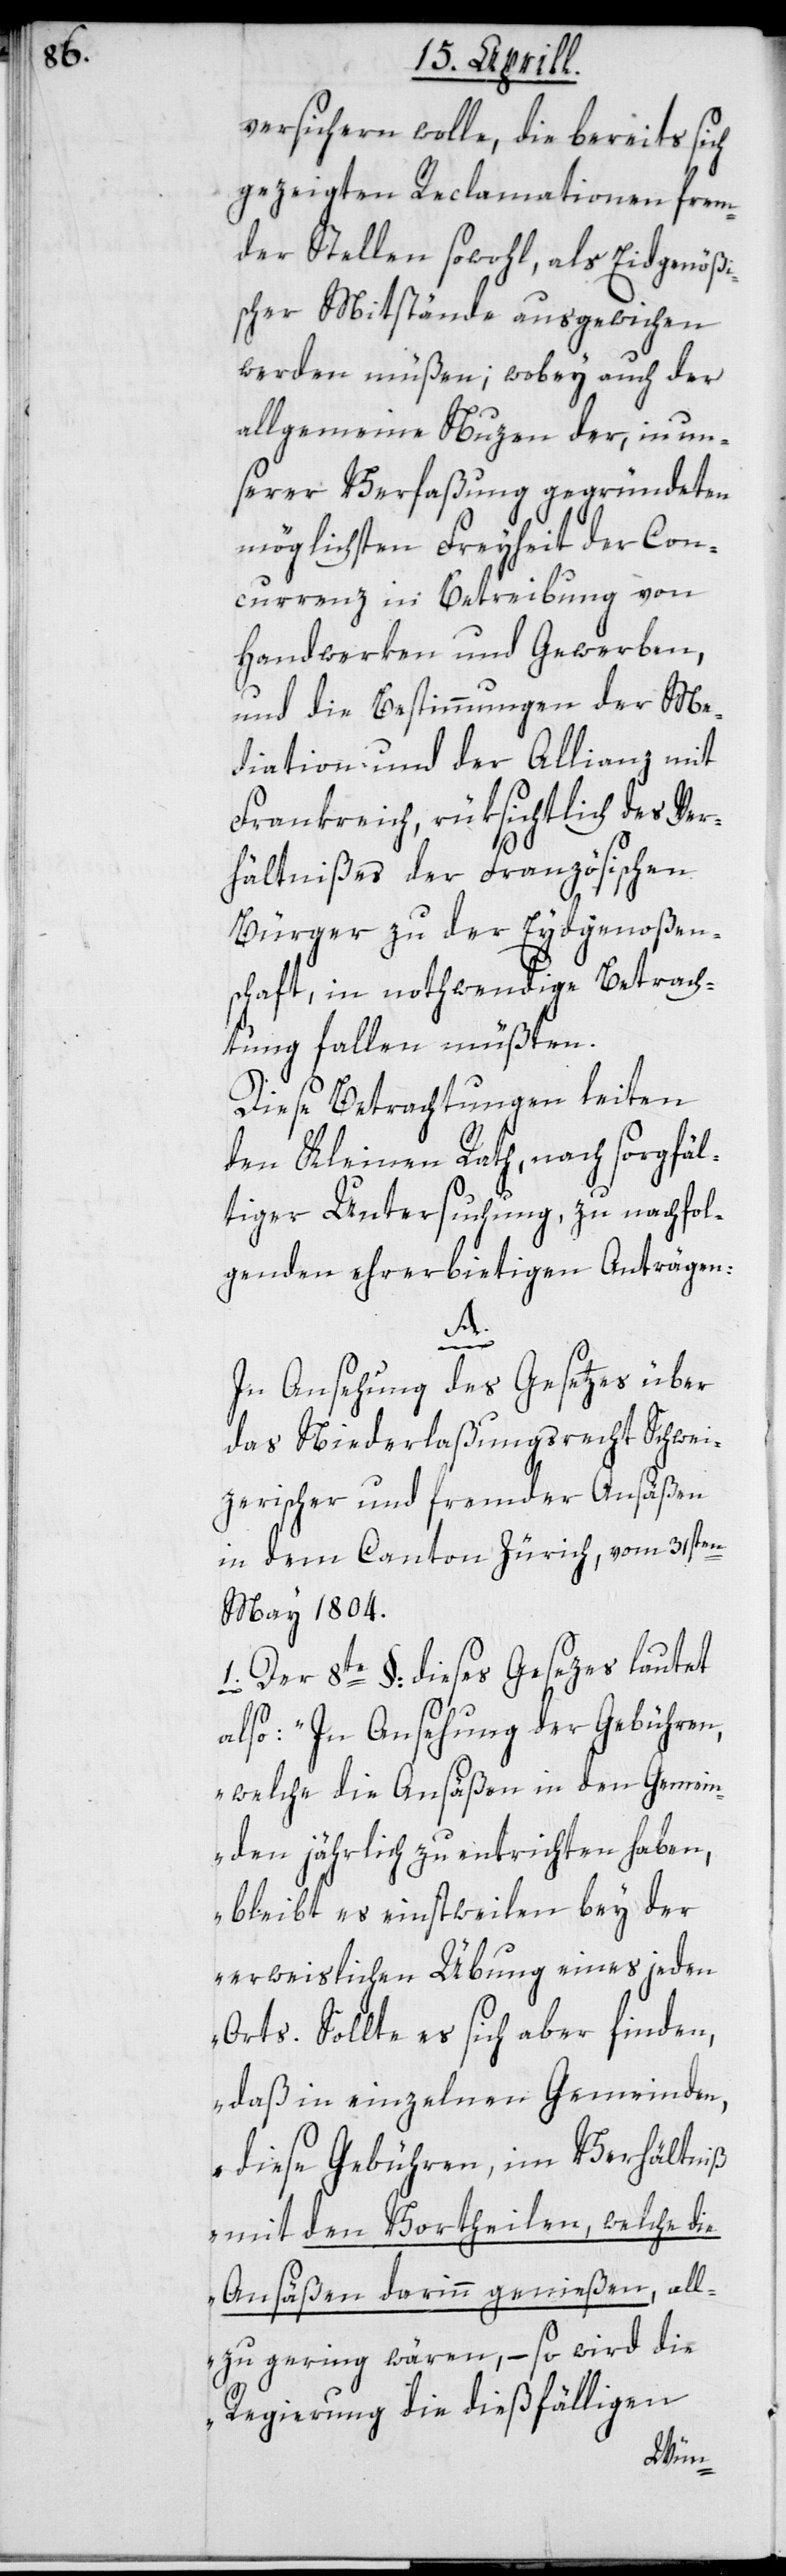
versichern wolle, die bereits sich
gezeigten Reclamationen frem¬
der Stellen sowohl, als Eidgenößi¬
scher Mitstände ausgewichen
werden müßen; wobey auch der
allgemeine Nuzen der, in un¬
serer Verfaßung gegründeten
möglichsten Freyheit der Con¬
currenz in Betreibung von
Handwerken und Gewerben,
und die Bestimmungen der Me¬
diation und der Allianz mit
Frankreich, rüksichtlich des Ver¬
hältnißes der Französischen
Bürger zu der Eydgenoßen¬
schaft, in nothwendige Betrach¬
tung fallen müßten.
Diese Betrachtungen leiten
den Kleinen Rath, nach sorgfäl¬
tiger Untersuchung zu nachfol¬
genden ehrerbietigen Anträgen:
A.
In Ansehung des Gesetzes über
das Niederlaßungsrecht Schwei¬
zerischer und fremder Ansäßen
in dem Canton Zürich, vom 31sten
May 1804.
1. Der 8te §: dieses Gesezes lautet
also: „In Ansehung der Gebühren,
welche die Ansäßen in den Gemein¬
den jährlich zu entrichten haben,
bleibt es einstweilen bey der
erweislichen Übung eines jeden
Orts. Sollte es sich aber finden,
daß in einzelnen Gemeinden
diese Gebühren, im Verhältniß
mit den Vortheilen, welche die
Ansäßen darinn genießen, all¬
zu gering wären, – so wird die
Regierung die dießfälligen